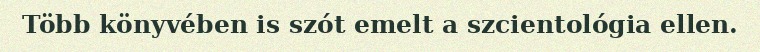
Több könyvében is szót emelt a szcientológia ellen.